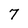
Character: 7